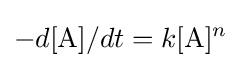
-{d[{\ce {A}}]}/{dt}=k[{\ce {A}}]^{n}